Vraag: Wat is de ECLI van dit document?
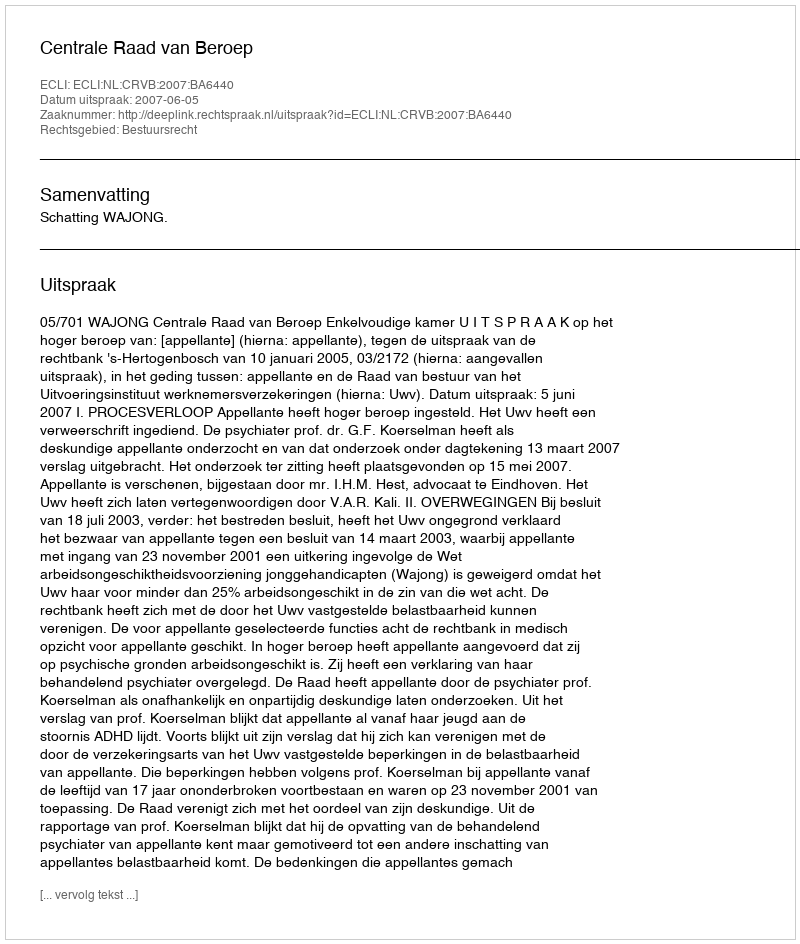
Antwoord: ECLI:NL:CRVB:2007:BA6440